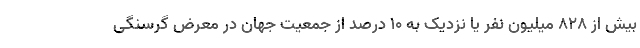
بیش از ۸۲۸ میلیون نفر یا نزدیک به ۱۰ درصد از جمعیت جهان در معرض گرسنگی